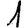
Digit: 1